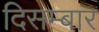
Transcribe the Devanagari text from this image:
दिसम्बार